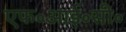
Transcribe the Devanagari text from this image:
एफ॰आई॰सी॰